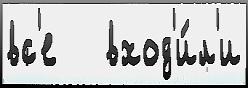
вс'е   вход'и́л'и